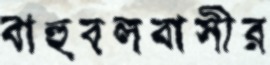
বাহুবলবাসীর